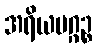
အရိယမဂ္ဂဉ္စ